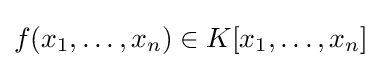
f(x_{1},\ldots ,x_{n})\in K[x_{1},\ldots ,x_{n}]